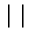
\left| ~ \right|